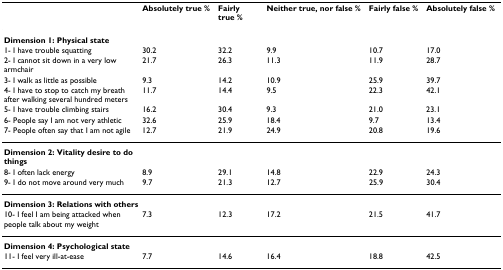
|  | Absolutely true % | Fairly true% | Neither true, nor false % | Fairly false % | Absolutely false % |
 | --- | --- | --- | --- | --- | --- |
 | Dimension 1: Physical state |  |  |  |  |  |
 | 1- I have trouble squatting | 30.2 | 32.2 | 9.9 | 10.7 | 17.0 |
 | 2- I cannot sit down in a very low armchair | 21.7 | 26.3 | 11.3 | 11.9 | 28.7 |
 | 3- I walk as little as possible | 9.3 | 14.2 | 10.9 | 25.9 | 39.7 |
 | 4- I have to stop to catch my breath after walking several hundred meters | 11.7 | 14.4 | 9.5 | 22.3 | 42.1 |
 | 5- I have trouble climbing stairs | 16.2 | 30.4 | 9.3 | 21.0 | 23.1 |
 | 6- People say I am not very athletic | 32.6 | 25.9 | 18.4 | 9.7 | 13.4 |
 | 7- People often say that I am not agile | 12.7 | 21.9 | 24.9 | 20.8 | 19.6 |
 | Dimension 2: Vitality desire to do things |  |  |  |  |  |
 | 8- I often lack energy | 8.9 | 29.1 | 14.8 | 22.9 | 24.3 |
 | 9- I do not move around very much | 9.7 | 21.3 | 12.7 | 25.9 | 30.4 |
 | Dimension 3: Relations with others |  |  |  |  |  |
 | 10- I feel I am being attacked when people talk about my weight | 7.3 | 12.3 | 17.2 | 21.5 | 41.7 |
 | Dimension 4: Psychological state |  |  |  |  |  |
 | 11- I feel very ill-at-ease | 7.7 | 14.6 | 16.4 | 18.8 | 42.5 |